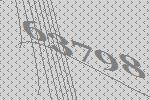
63798